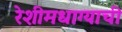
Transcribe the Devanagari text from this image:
रेशीमधाग्याची